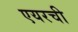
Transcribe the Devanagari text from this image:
एयरची